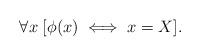
LaTeX: \begin{align*}\forall x\; [ \phi(x) \iff x=X ].\end{align*}